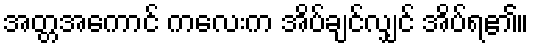
အတ္တအကောင် ကလေးက အိပ်ချင်လျှင် အိပ်ရ၏။